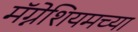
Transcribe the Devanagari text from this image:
मॅग्नेशियमच्या